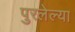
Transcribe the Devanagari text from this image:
पुरलेल्या